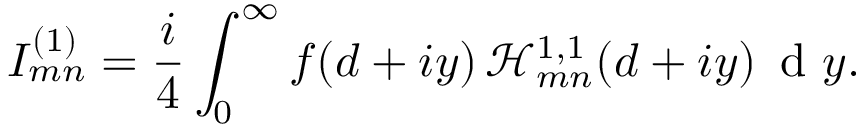
I _ { m n } ^ { ( 1 ) } = \frac { i } { 4 } \int _ { 0 } ^ { \infty } f ( d + i y ) \, \mathcal { H } _ { m n } ^ { 1 , 1 } ( d + i y ) \, \textrm { d } y .